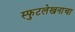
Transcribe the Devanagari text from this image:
स्फुटलेखनाचा